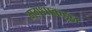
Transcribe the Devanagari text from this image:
मगधाकडून